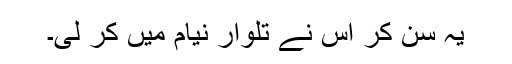
یہ سن کر اس نے تلوار نیام میں کر لی۔